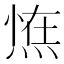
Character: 𭵛